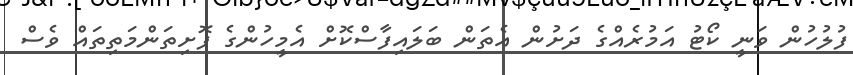
ފުލުހުން ވަނީ ކޯޓު އަމުރެއްގެ ދަށުން އެތަން ބަލައިފާސްކޮށް އެމީހުންގެ ފޮށިތަންމަތިތައް ވެސް